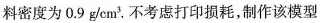
料密度为0.9 \mathrm{~g} / \mathrm{cm}^{3}。不考虑打印损耗，制作该模型